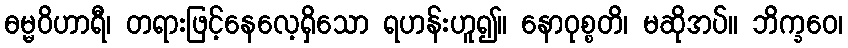
ဓမ္မဝိဟာရီ၊ တရားဖြင့်နေလေ့ရှိသော ရဟန်းဟူ၍။ နောဝုစ္စတိ၊ မဆိုအပ်။ ဘိက္ခဝေ၊